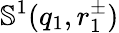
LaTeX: \mathbb{S}^{1}(q_{1},r_{1}^{\pm})